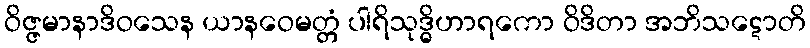
ဝိဇ္ဇမာနာဒိဝသေန ယာနဝေမတ္တံ ပါရိသုဒ္ဓိဟာရကော ဝိဒိတာ အဘိသဋောတိ